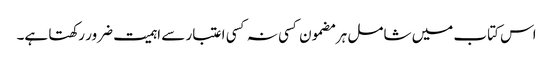
اس کتاب میں شامل ہر مضمون کسی نہ کسی اعتبار سے اہمیت ضرور رکھتا ہے۔